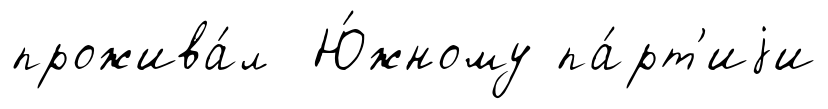
прожива́л Ю́жному па́рт'иjи